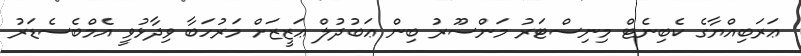
ޢަރަބިއްޔާގެ ކެބިނެޓް މިނިސްޓަރު މަންސޫރު ބިން ޢަބުދުލް ޢަޒީޒަށް މަރުހަބާ ވިދާޅުވީ އެމްބެސެޑަރު